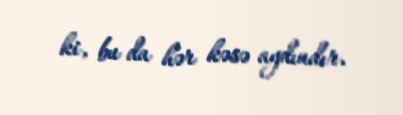
ki, bu da hər kəsə aydındır.